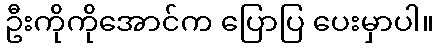
ဦးကိုကိုအောင်က ပြောပြ ပေးမှာပါ။